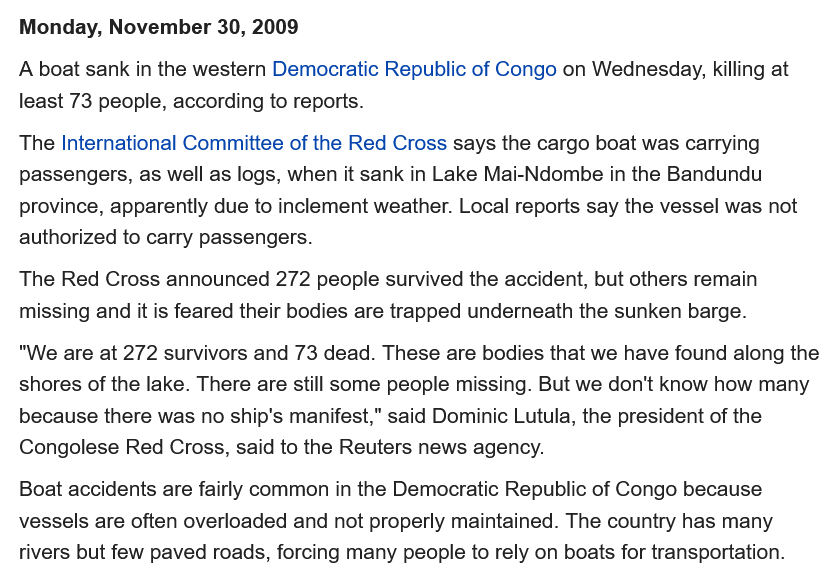
Monday,  November 30, 2009
  A boat sank in the western Democratic Republic of Congo on Wednesday, killing at
  least 73 people, according to reports.
  The International Committee of the Red Cross says the cargo boat was carrying
  passengers, as well as logs, when it sank in Lake Mai-Ndombe in the Bandundu
  province, apparently due to inclement weather. Local reports say the vessel was not
  authorized to carry passengers.
  The Red Cross announced 272 people survived the accident, but others remain
  missing and it is feared their bodies are trapped underneath the sunken barge.
  “We are at 272 survivors and 73 dead. These are bodies that we have found along the
  shores of the lake. There are still some people missing. But we don't know how many
  because there was no ship's manifest," said Dominic Lutula, the president of the
  Congolese Red Cross, said to the Reuters news agency.
  Boat accidents are fairly common in the Democratic Republic of Congo because
  vessels are often overloaded and not properly maintained. The country has many
  rivers but few paved roads, forcing many people to rely on boats for transportation.